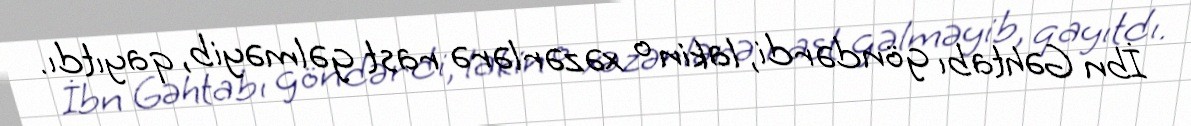
İbn Gəhtabı göndərdi, lakin o xəzərlərə rast gəlməyib, qayıtdı.